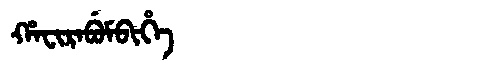
Manchu: ᡥᠠᠸᡳᡵᠠᠪᡠᠮᠪᡳᡥᡝ
Romanization: HAFIRABUMBIHE